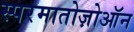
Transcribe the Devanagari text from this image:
स्परमातोज़ोऑन